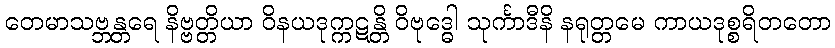
တေမာသဗ္ဘန္တရေ နိဗ္ဗတ္တိယာ ဝိနယဒုက္ကဋန္တိ ဝိဗုဒ္ဓေါ သုင်္ကာဒီနိ နရုတ္တမေ ကာယဒုစ္စရိတတော